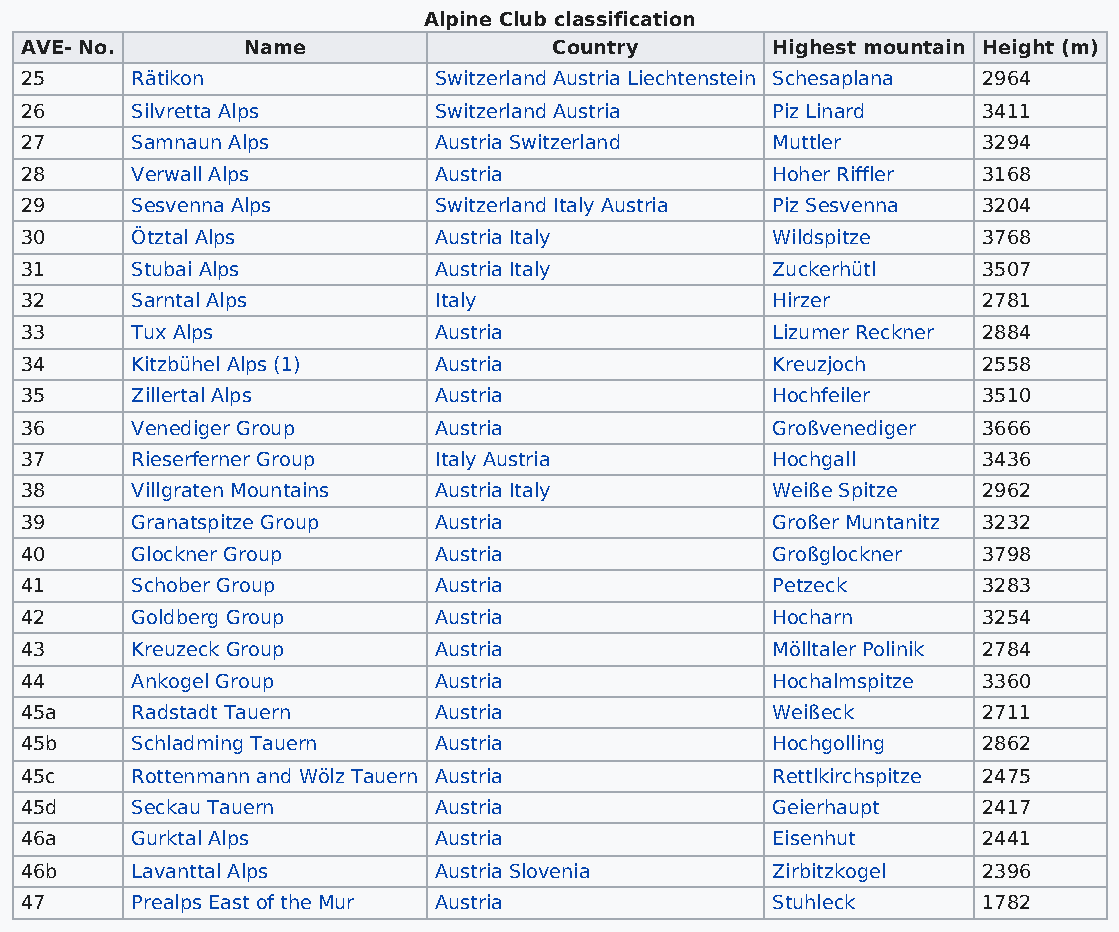
Alpine Club classification
 AVE- No.       Name                 Country       Highest mountain Height (m)
 25      Rätikon             Switzerland Austria Liechtenstein Schesaplana 2964
 26      Silvretta Alps      Switzerland Austria   Piz Linard    3411
 27      Samnaun Alps        Austria Switzerland   Muttler       3294
 28      Verwall Alps        Austria               Hoher Riffler 3168
 29      Sesvenna Alps       Switzerland Italy Austria Piz Sesvenna 3204
 30      Ötztal Alps         Austria Italy         Wildspitze    3768
 31      Stubai Alps         Austria Italy         Zuckerhütl    3507
 32      Sarntal Alps        Italy                 Hirzer        2781
 33      Tux Alps            Austria               Lizumer Reckner 2884
 34      Kitzbühel Alps (1)  Austria               Kreuzjoch     2558
 35      Zillertal Alps      Austria               Hochfeiler    3510
 36      Venediger Group     Austria               Großvenediger 3666
 37      Rieserferner Group  Italy Austria         Hochgall      3436
 38      Villgraten Mountains Austria Italy        Weiße Spitze  2962
 39      Granatspitze Group  Austria               Großer Muntanitz 3232
 40      Glockner Group      Austria               Großglockner  3798
 41      Schober Group       Austria               Petzeck       3283
 42      Goldberg Group      Austria               Hocharn       3254
 43      Kreuzeck Group      Austria               Mölltaler Polinik 2784
 44      Ankogel Group       Austria               Hochalmspitze 3360
 45a     Radstadt Tauern     Austria               Weißeck       2711
 45b     Schladming Tauern   Austria               Hochgolling   2862
 45c     Rottenmann and Wölz Tauern Austria        Rettlkirchspitze 2475
 45d     Seckau Tauern       Austria               Geierhaupt    2417
 46a     Gurktal Alps        Austria               Eisenhut      2441
 46b     Lavanttal Alps      Austria Slovenia      Zirbitzkogel  2396
 47      Prealps East of the Mur Austria           Stuhleck      1782